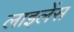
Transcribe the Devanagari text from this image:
लाइलेंस